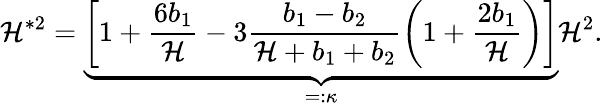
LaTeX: \mathcal{H}^{\ast2}=\underbrace{{\left[1+\frac{{6b_{1}}}{{\mathcal{H}}}-3\frac{{b_{1}-b_{2}}}{{\mathcal{H}+b_{1}+b_{2}}}\left(1+\frac{{2b_{1}}}{{\mathcal{H}}}\right)\right]}}_{=:\kappa}\mathcal{H}^{2}.